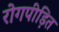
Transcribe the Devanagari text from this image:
रोगपीड़ित